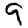
Digit: 9